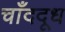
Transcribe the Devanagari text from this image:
चाँददूध